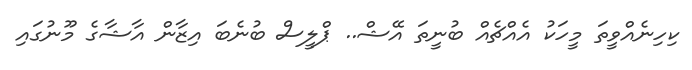
ކިހިނެއްވީތަ މީހަކު އެއްޗެއް ބުނީތަ އޭޝް.. ޕްލީސް ބުނެބަ އިޒާން އާޝާގެ މޫނުގައި